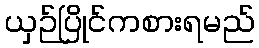
ယှဉ်ပြိုင်ကစားရမည်